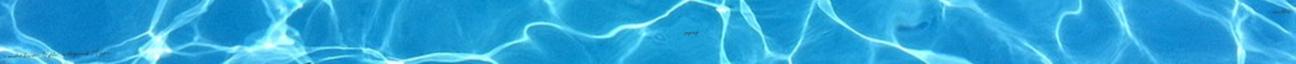
és mondat kincstár Nyelv- és életformák Magyar "pogány" ősvallás